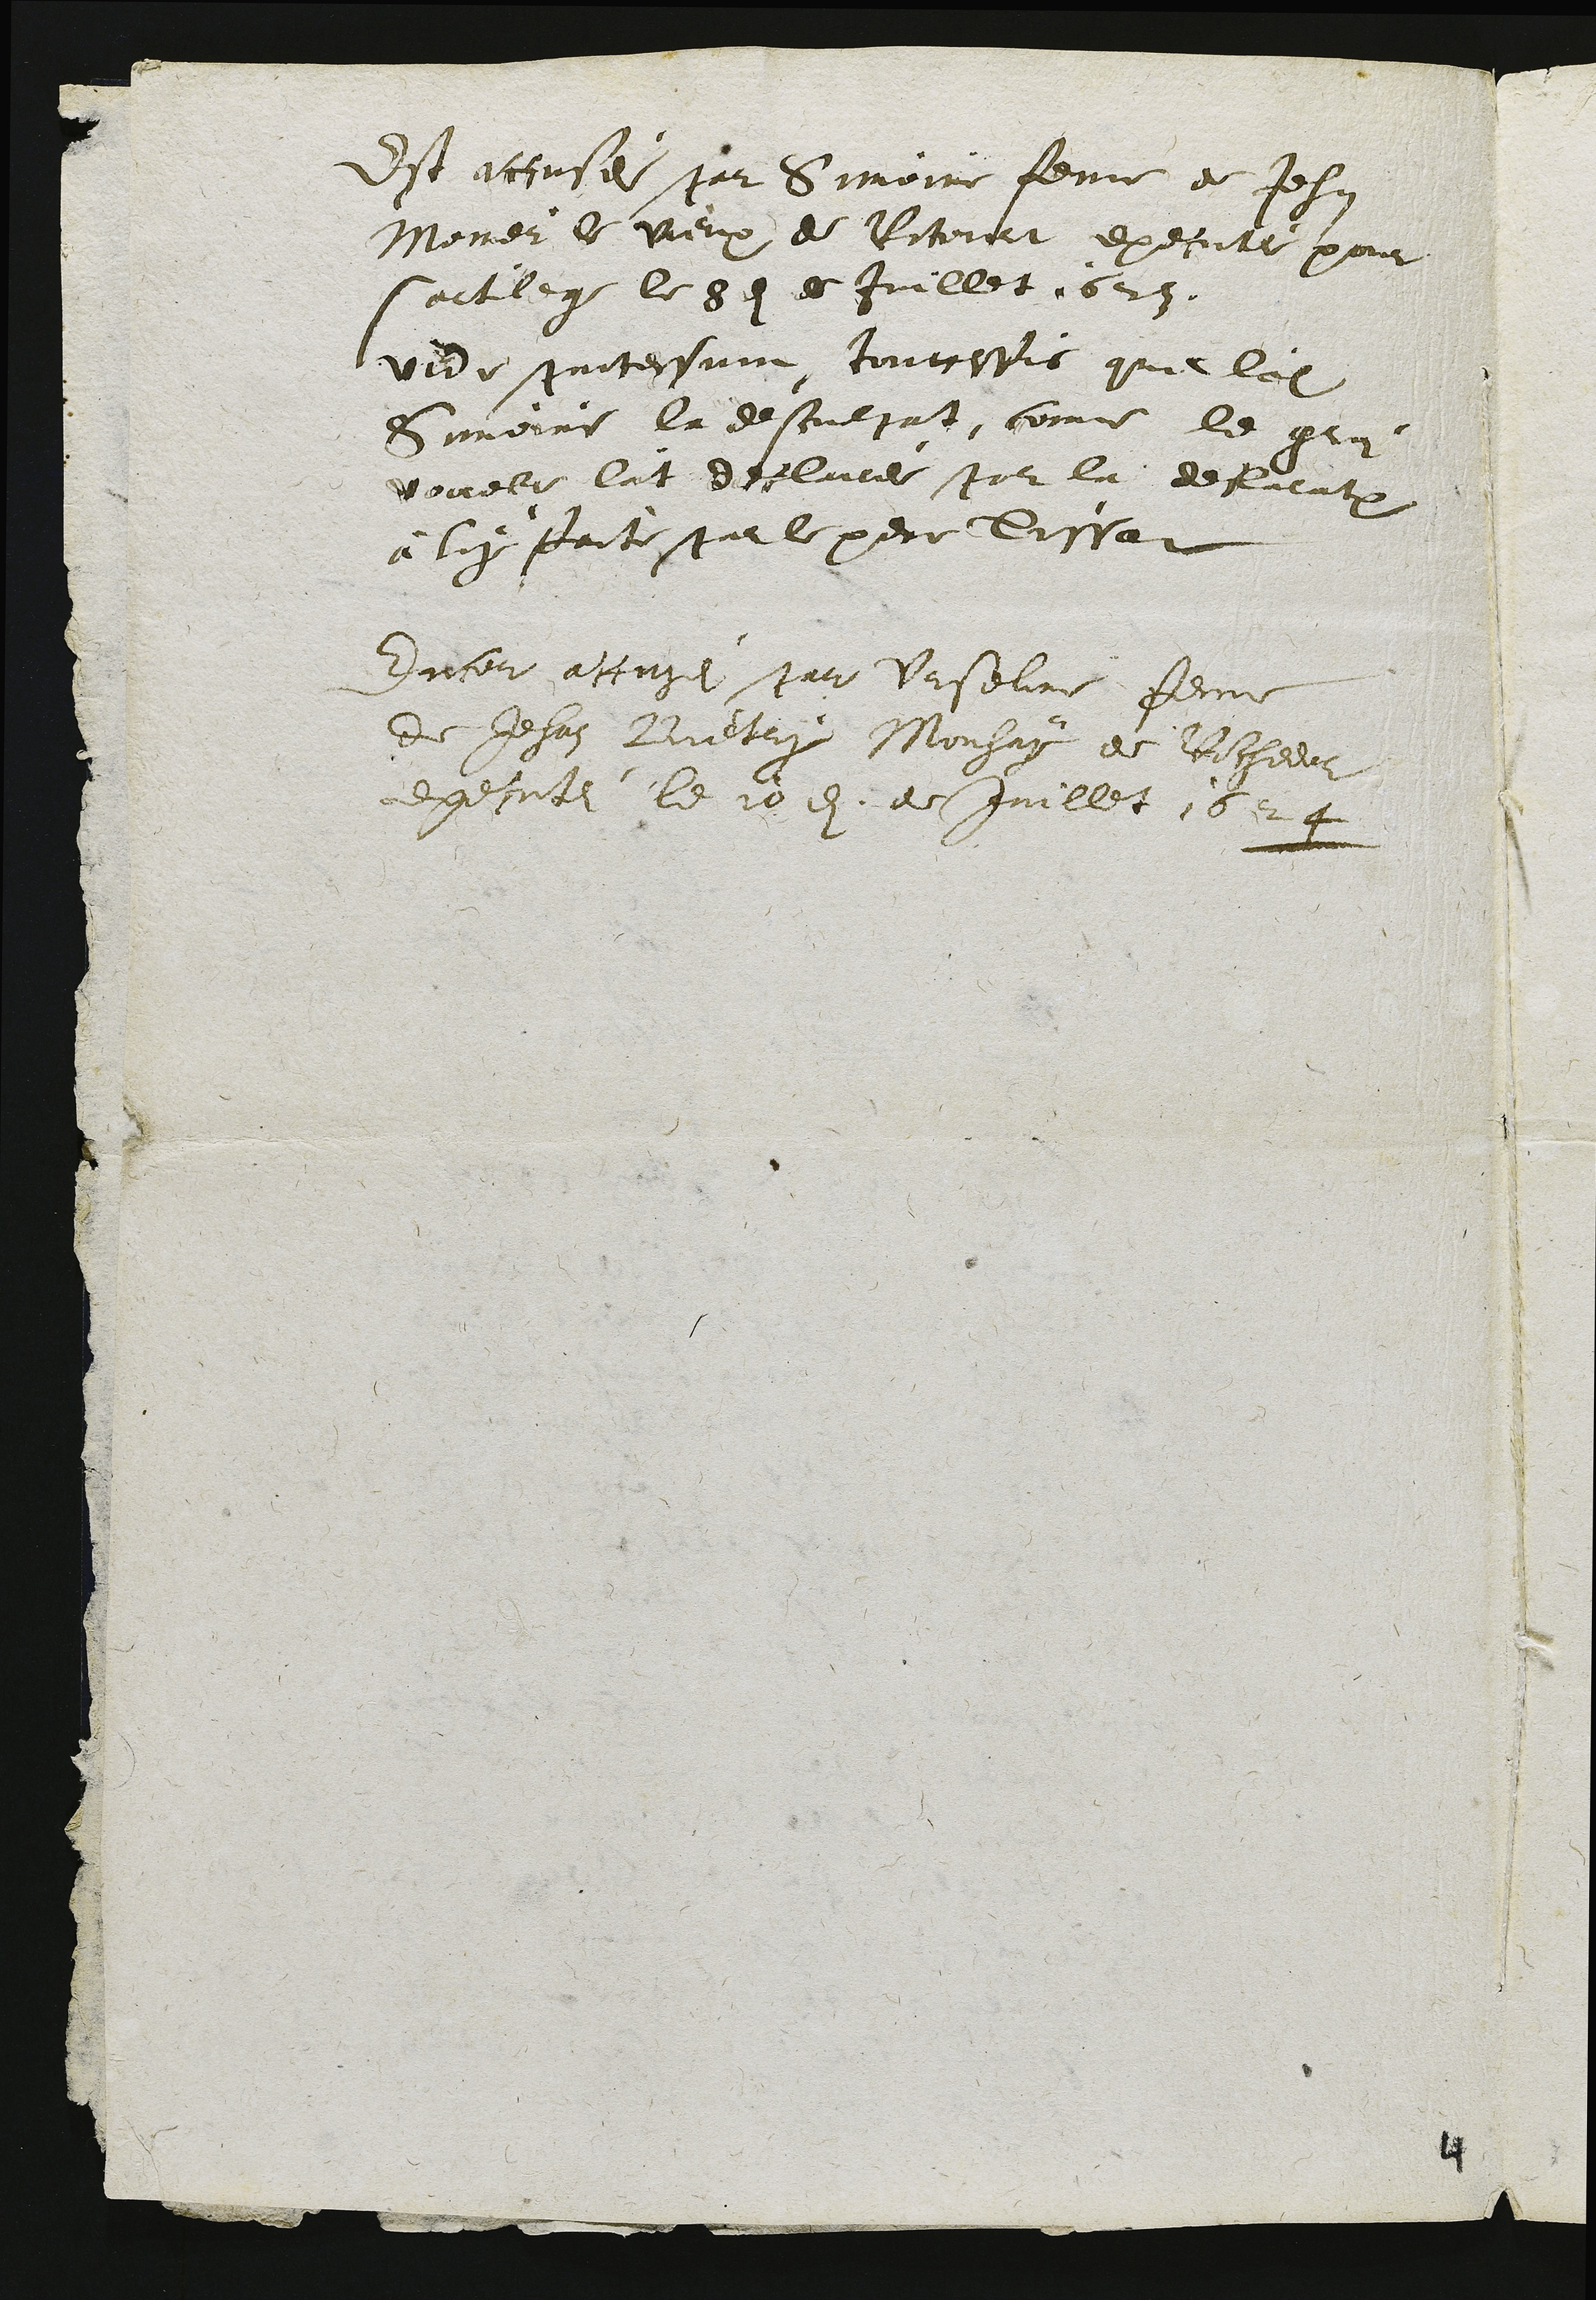
Est accusei par simoine feme de Jehnn
Noner le vieux de Ritourt execute pour
sortlege le 8dint de Juillet 625.
vide pritessunt toutesfis que ladite
Simoine la desculpat, come le gros
vouel lat declare par la delaentru
à luy faite par le pere Tissat
Encor acusei par Urseline feme
de Jehan Bietry Monhay de Rochedor
executei le 10 en de Juillet 162 4

4